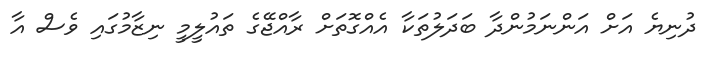
ދުނިޔެ އަށް އަންނަމުންދާ ބަދަލުތަކާ އެއްގޮތަށް ރާއްޖޭގެ ތައުލީމީ ނިޒާމުގައި ވެސް އާ